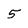
Character: 5